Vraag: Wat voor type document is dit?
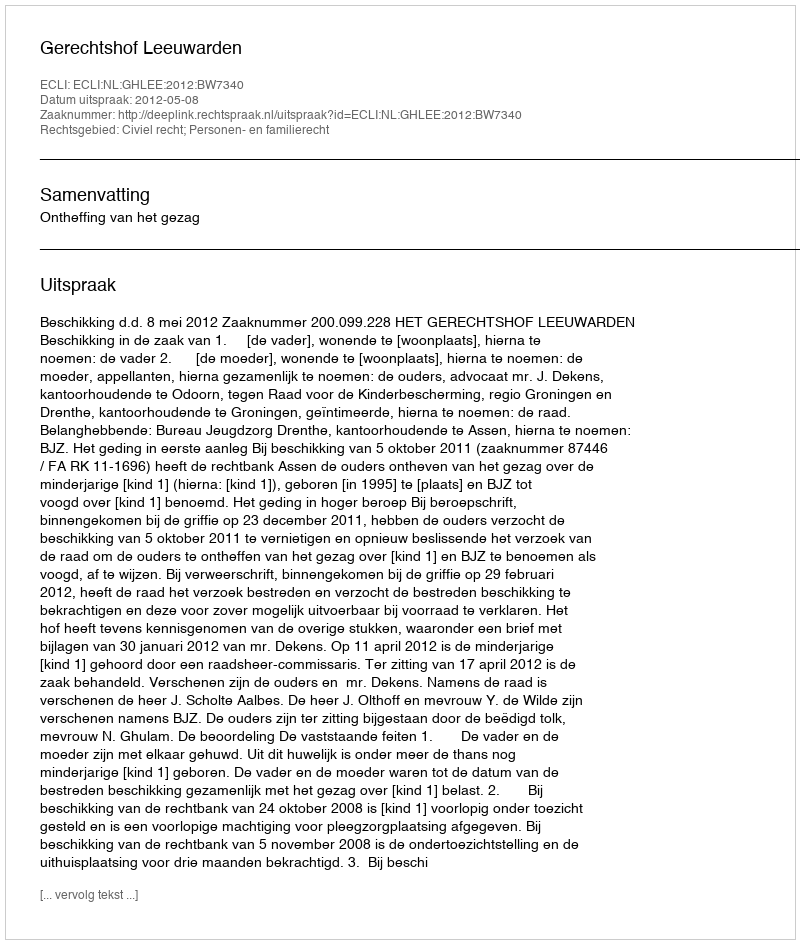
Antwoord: Uitspraak